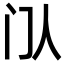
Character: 𬮘